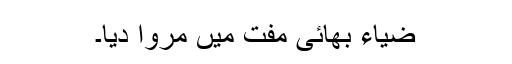
ضیاء بھائی مفت میں مروا دیا۔